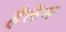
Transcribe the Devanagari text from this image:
हेलेम